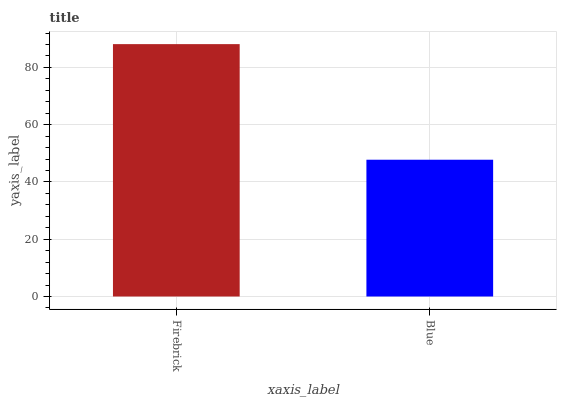
| xaxis_label | bars |
 | --- | --- |
 | Firebrick | 88.1 |
 | Blue | 47.8 |